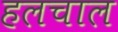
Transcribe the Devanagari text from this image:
हलचाल